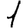
Digit: 1